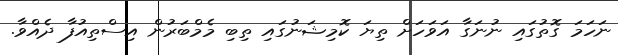
ނަހަމަ ގޮތުގައި ނުނަގާ އަވަހަށް ތިޔަ ކޮމިޝަނުގައި ތިބި މެމްބަރުން އިސްތިއުފާ ދެއްވާ.